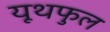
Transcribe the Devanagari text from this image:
यूथफुल